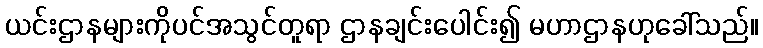
ယင်းဌာနများကိုပင်အသွင်တူရာ ဌာနချင်းပေါင်း၍ မဟာဌာနဟုခေါ်သည်။